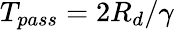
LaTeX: T_{pass}=2R_{d}/\gamma